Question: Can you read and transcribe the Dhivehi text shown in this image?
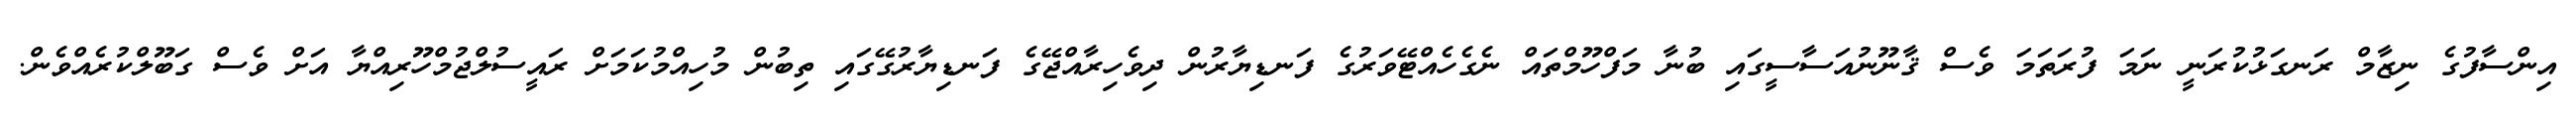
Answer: އިންސާފުގެ ނިޒާމް ރަނގަޅުކުރަނީ ނަމަ ފުރަތަމަ ވެސް ޤާނޫނުއަސާސީގައި ބުނާ މަފްހޫމްތައް ނެގެހެއްޓޭވަރުގެ ފަނޑިޔާރުން ދިވެހިރާއްޖޭގެ ފަނޑިޔާރުގޭގައި ތިބުން މުހިއްމުކަމަށް ރައީސުލްޖުމްހޫރިއްޔާ އަށް ވެސް ގަބޫލްކުރެއްވެން.